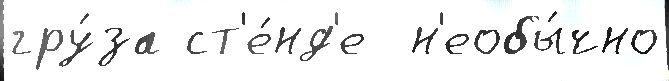
гру́за ст'е́нд'е  н'еобы́чно